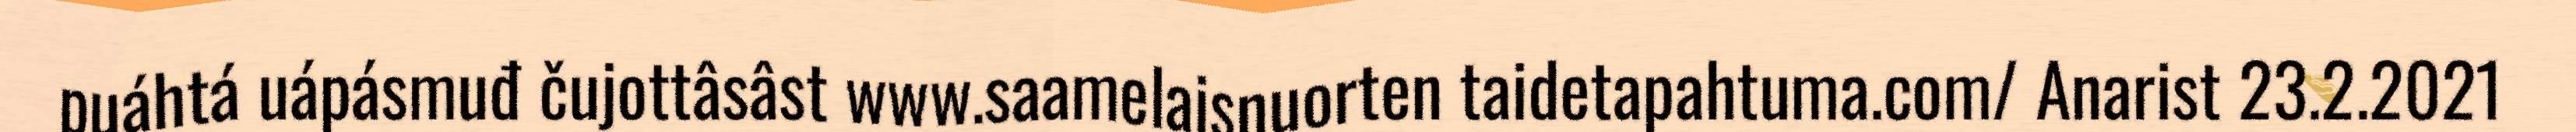
puáhtá uápásmuđ čujottâsâst www.saamelaisnuorten taidetapahtuma.com/ Anarist 23.2.2021